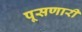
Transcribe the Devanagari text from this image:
पूसणारी